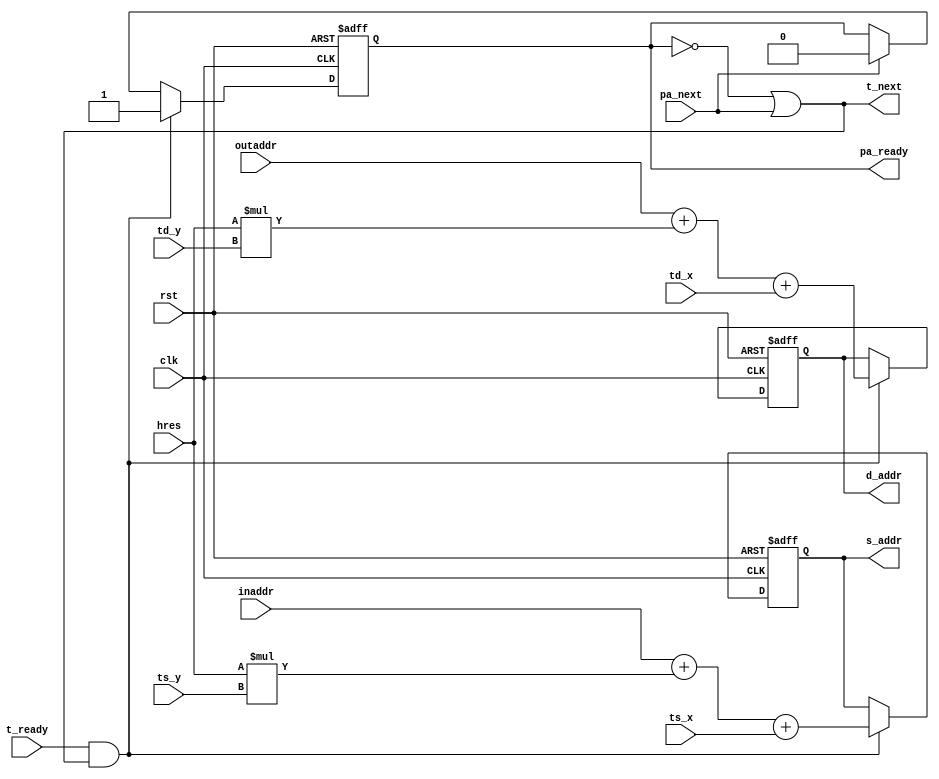
/*
 * Image warping and decay, pixel addresses computation
 * Copyright (C) 2008 Sebastien Bourdeauducq - http://lekernel.net
 * This file is part of Milkymist.
 *
 * Milkymist is free software; you can redistribute it and/or modify it
 * under the terms of the GNU Library General Public License as published
 * by the Free Software Foundation; either version 2, or (at your option)
 * any later version.
 *
 * This program is distributed in the hope that it will be useful,
 * but WITHOUT ANY WARRANTY; without even the implied warranty of
 * MERCHANTABILITY or FITNESS FOR A PARTICULAR PURPOSE.  See the GNU
 * Library General Public License for more details.
 *
 * You should have received a copy of the GNU Library General Public
 * License along with this program; if not, write to the Free Software
 * Foundation, Inc., 51 Franklin Street, Fifth Floor, Boston, MA 02110-1301,
 * USA.
 */

module pixeladdresses(
	input clk,
	input rst,
	
	input [10:0] hres,
	input [29:0] inaddr,
	input [29:0] outaddr,
	
	input [10:0] td_x,
	input [10:0] td_y,
	input [10:0] ts_x,
	input [10:0] ts_y,
	input t_ready,
	output t_next,
	
	output reg [29:0] s_addr,
	output reg [29:0] d_addr,
	output reg pa_ready,
	input pa_next
);

assign t_next = ~pa_ready | pa_next;

always @(posedge clk or posedge rst) begin
	if(rst) begin
		s_addr <= 0;
		d_addr <= 0;
		pa_ready <= 0;
	end else begin
		if(t_ready & (~pa_ready | pa_next)) begin
			s_addr <= inaddr + hres*ts_y + ts_x;
			d_addr <= outaddr + hres*td_y + td_x;
			pa_ready <= 1;
		end else if(pa_next)
			if(pa_next) pa_ready <= 0;
	end
end

endmodule